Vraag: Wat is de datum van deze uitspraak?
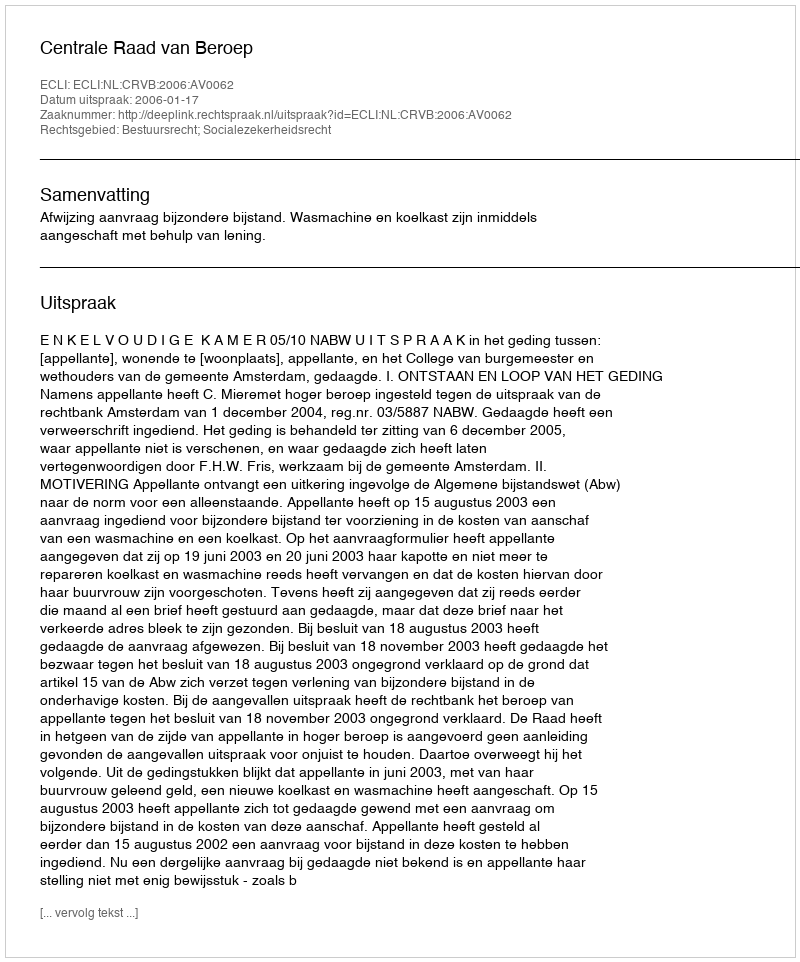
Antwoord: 2006-01-17